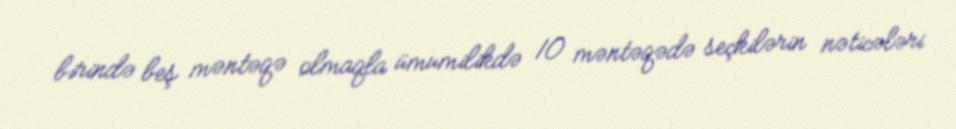
birində beş məntəqə olmaqla ümumilikdə 10 məntəqədə seçkilərin nəticələri